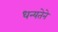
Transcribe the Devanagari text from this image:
धन्यतेने